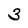
Character: 3